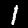
Label: 1